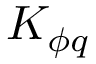
K _ { \phi q }